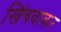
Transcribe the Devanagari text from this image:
खिंचवाकर